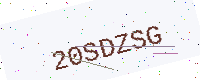
Text: 20SDZSG